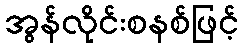
အွန်လိုင်းစနစ်ဖြင့်